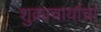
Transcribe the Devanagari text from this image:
शुक्राचार्याचा